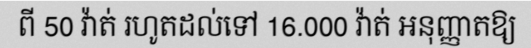
ពី 50 វ៉ាត់ រហូតដល់ទៅ 16.000 វ៉ាត់ អនុញ្ញាតឱ្យ